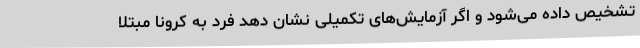
تشخیص داده می‌شود و اگر آزمایش‌های تکمیلی نشان دهد فرد به کرونا مبتلا